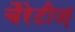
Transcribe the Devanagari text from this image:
चैरेटीज़